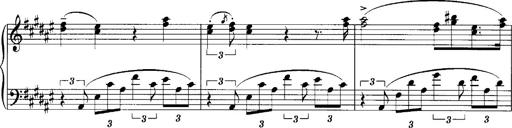
Title: klavierstÃ¼ck
Composer: Matias Ekert